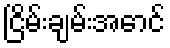
ငြိမ်းချမ်းအောင်